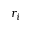
r _ { i }